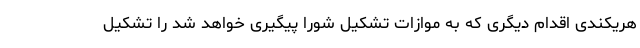
هریکندی اقدام دیگری که به موازات تشکیل شورا پیگیری خواهد شد را تشکیل